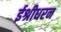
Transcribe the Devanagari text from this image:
ईश्रीधरन